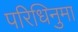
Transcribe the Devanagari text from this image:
परिधिनुमा